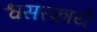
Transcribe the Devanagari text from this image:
श्वसरकार्य